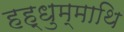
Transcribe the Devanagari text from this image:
हह्धुम्माथि